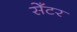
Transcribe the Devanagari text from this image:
सेँटर